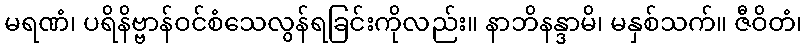
မရဏံ၊ ပရိနိဗ္ဗာန်ဝင်စံသေလွန်ရခြင်းကိုလည်း။ နာဘိနန္ဒာမိ၊ မနှစ်သက်။ ဇီဝိတံ၊